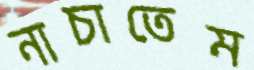
নাচাতেম